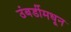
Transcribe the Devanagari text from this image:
उंबर्डीमधून